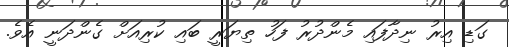
ގަޑި އިރު ނިދާފައި މެންދުރު ފަހު ތިޔަރީ ބައި ކުރިއަށް ގެންދަނީ އެވެ.